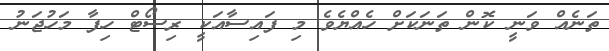
ތަނެއް ވަނީ ކޮން ތަނަކަށް ހެއްޔެވެ މި ފައިސާއަކީ ރިސޯޓް ހިފާ މަހުޖަނު